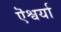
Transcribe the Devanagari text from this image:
ऎश्वर्या